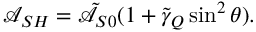
\mathcal { A } _ { S H } = \tilde { \mathcal { A } } _ { S 0 } ( 1 + \tilde { \gamma } _ { Q } \sin ^ { 2 } \theta ) .